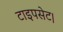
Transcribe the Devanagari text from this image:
टाइपसेट।